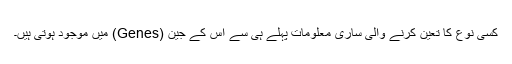
کسی نوع کا تعین کرنے والی ساری معلومات پہلے ہی سے اس کے جین (Genes) میں موجود ہوتی ہیں۔